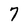
Character: 7